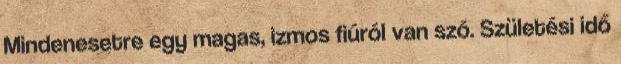
Mindenesetre egy magas, izmos fiúról van szó. Születési idő